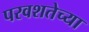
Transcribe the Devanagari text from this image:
परवशतेच्या